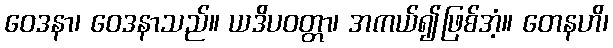
ဝေဒနာ၊ ဝေဒနာသည်။ ယဒိပဝတ္တာ၊ အကယ်၍ဖြစ်အံ့။ တေနဟိ၊